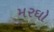
મરઘો